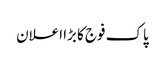
پاک فوج کا بڑا اعلان